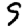
Digit: 9